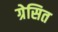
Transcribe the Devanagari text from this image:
ग्रेसित